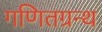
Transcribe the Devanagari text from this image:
गणितग्रन्थ